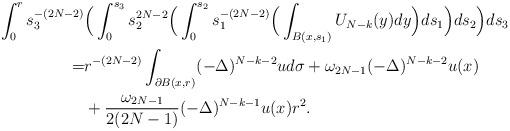
LaTeX: \begin{align*}\int_0^r s_3^{-(2N-2)} & \Big( \int_{0}^{s_3} s_2^{2N-2} \Big( \int_0^{s_2} s_1^{-(2N-2)} \Big(\int_{B(x, s_1)} U_{N-k}(y)dy \Big) ds_1\Big) ds_2 \Big) ds_3 \\= & r^{-(2N-2)} \int_{\partial B(x, r)} (-\Delta)^{N-k-2}u d\sigma + \omega_{2N-1} (-\Delta)^{N-k-2}u(x) \\& + \frac{\omega_{2N-1} }{2 (2N-1)}(-\Delta)^{N-k-1} u(x) r^2.\end{align*}